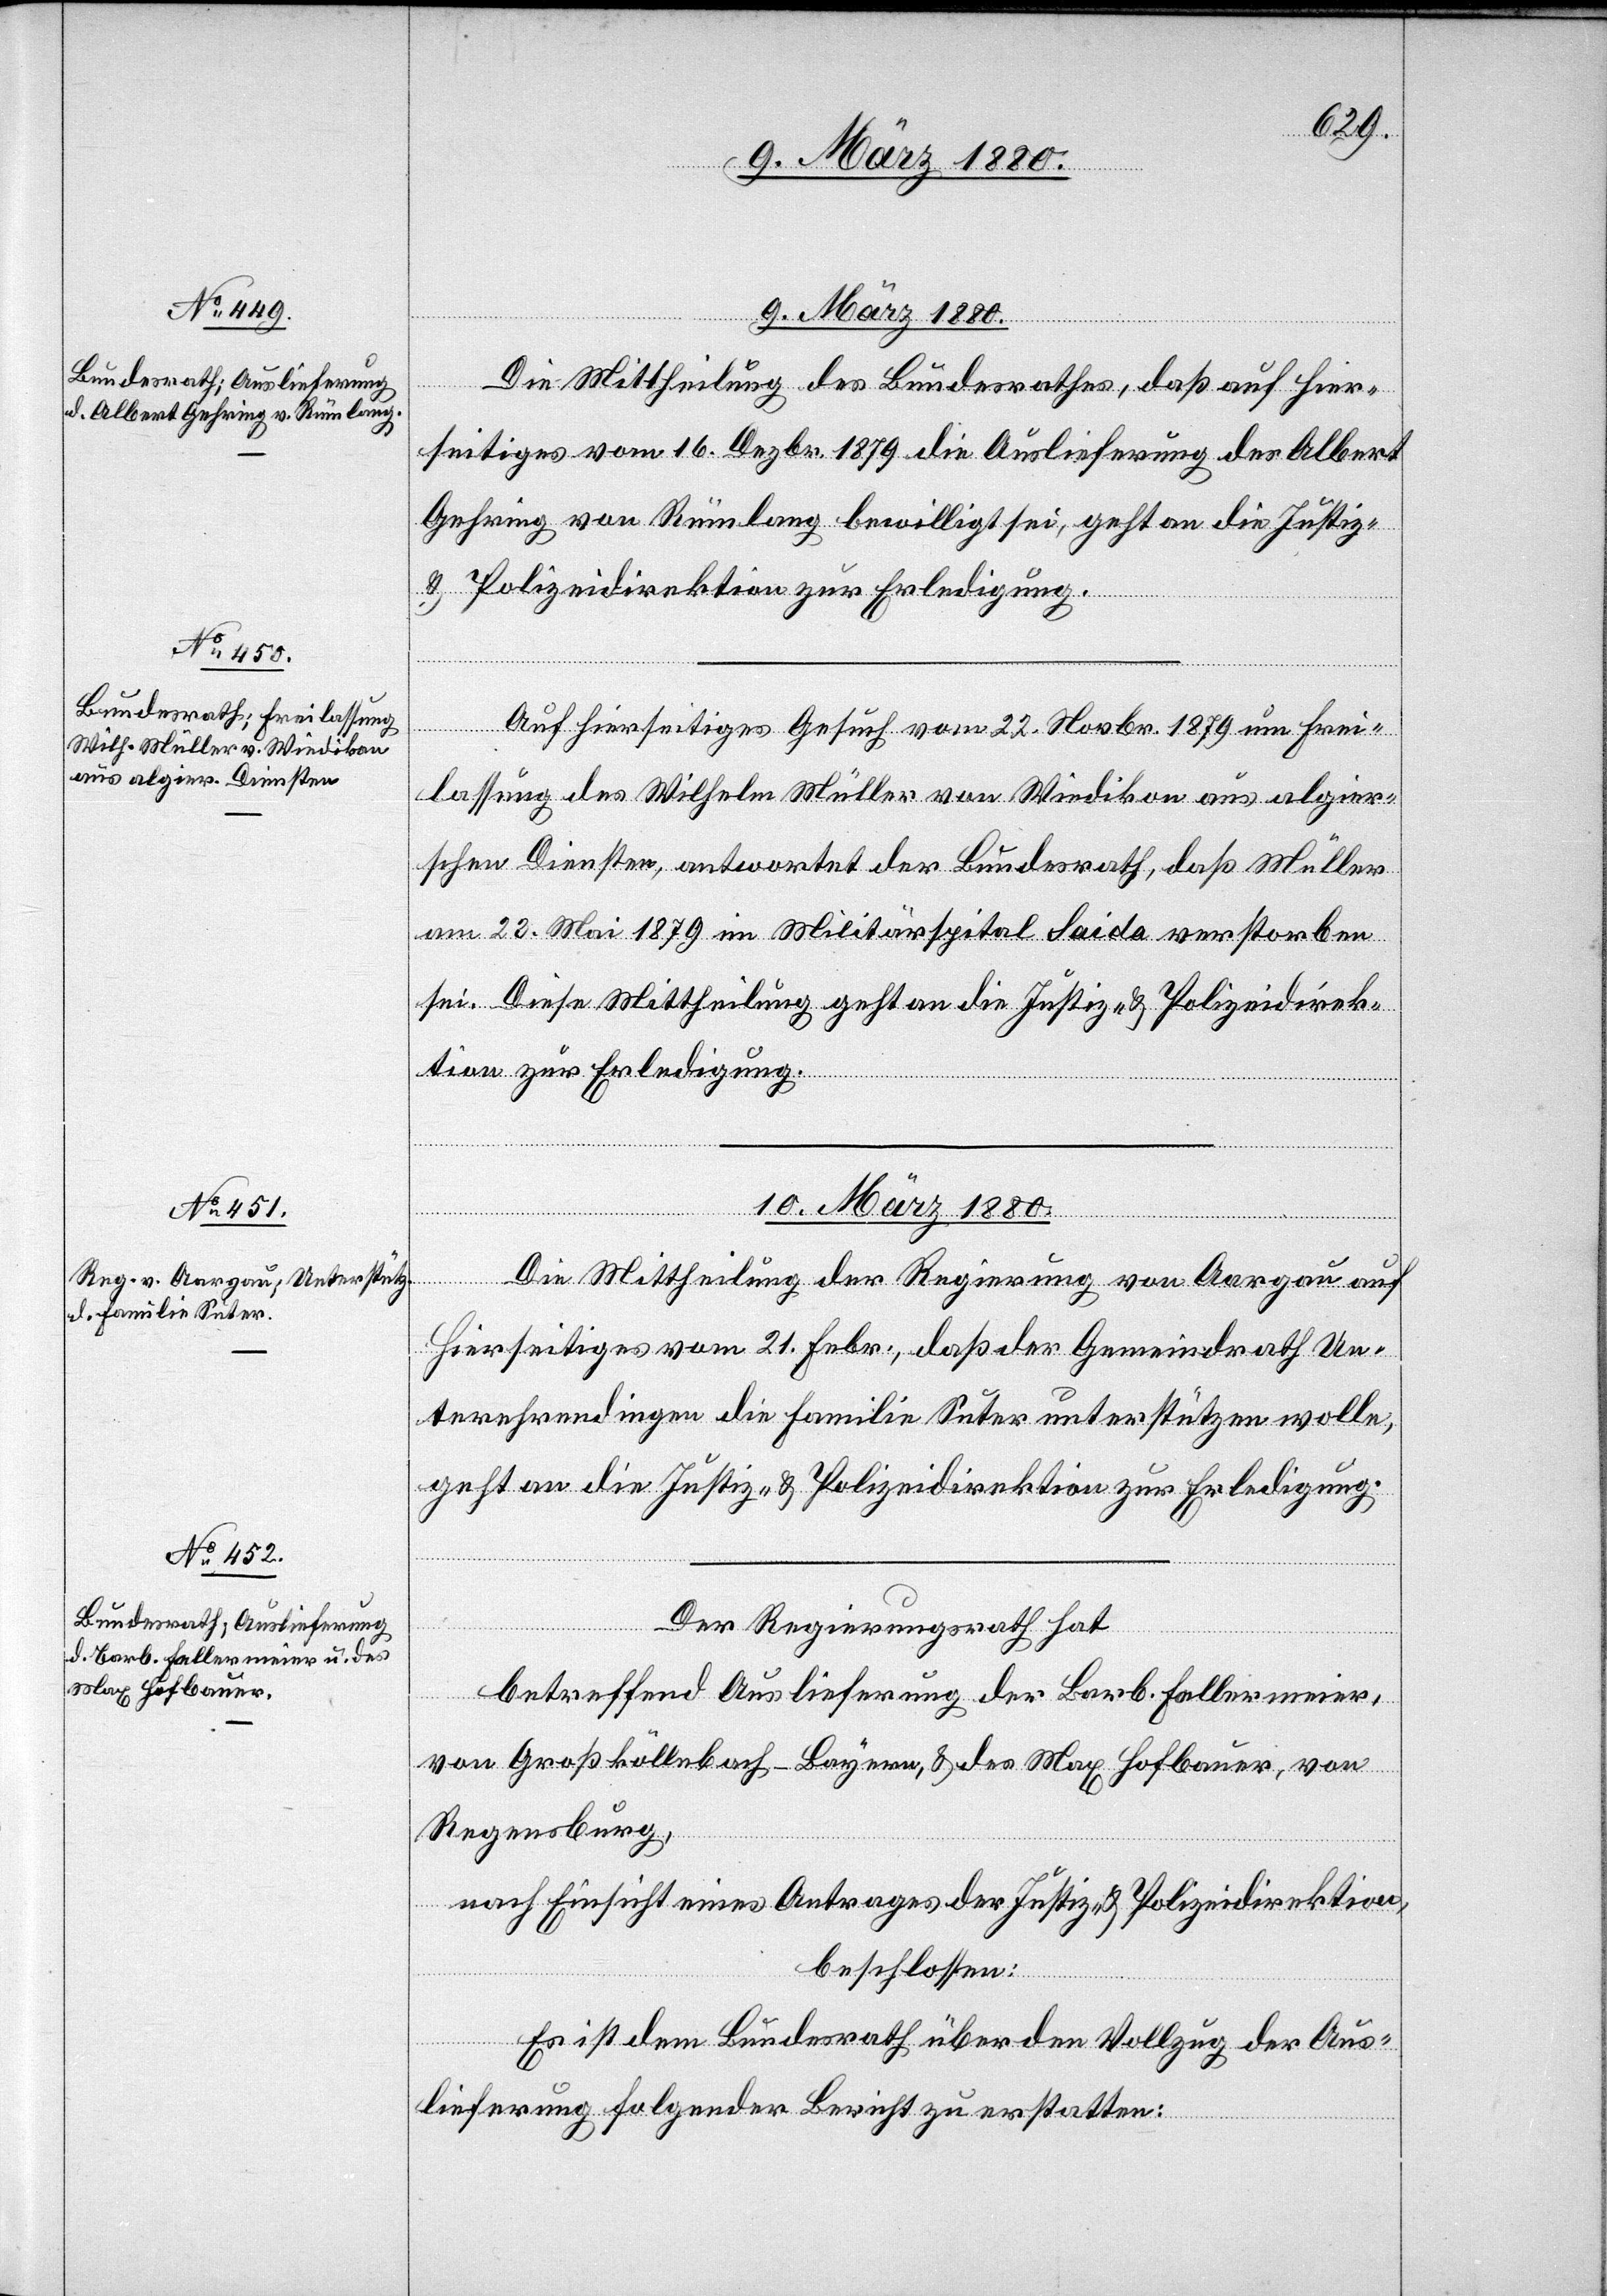
[Präsi¬
9. März 1880.]
Die Mittheilung des Bundesrathes, daß auf hier¬
seitiges vom 16. Dezbr. 1879 die Auslieferung des Albert
Gehring von Rümlang bewilligt sei, geht an die Justiz-
& Polizeidirektion zur Erledigung.
Auf hierseitiges Gesuch vom 22. Novbr. 1879 um Frei¬
lassung des Wilhelm Müller von Wiedikon aus algier¬
schen Diensten, antwortet der Bundesrath, daß Müller
am 23. Mai 1879 im Militärspital Saida verstorben
sei. Diese Mittheilung geht an die Justiz- & Polizeidirek¬
tion zur Erledigung.
10. März 1880.]
fügungen
Die Mittheilung der Regierung von Aargau auf
hierseitiges vom 21. Febr., daß der Gemeindrath Un¬
terehrendingen die Familie Suter unterstützen wolle,
geht an die Justiz- & Polizeidirektion zur Erledigung.
Der Regierungsrath hat,
betreffend Auslieferung der Barb. Fallermeier
von Großköllnbach - Bayern, & des Max Hofbauer, von
Regensburg,
nach Einsicht eines Antrages der Justiz- & Polizeidirektion,
beschlossen:
Es ist dem Bundesrath über den Vollzug der Aus¬
lieferung folgender Bericht zu erstatten: